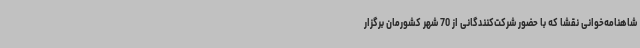
شاهنامه‌خوانی نقشا که با حضور شرکت‌کنندگانی از 70 شهر کشورمان برگزار